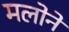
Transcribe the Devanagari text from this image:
मलोने